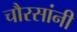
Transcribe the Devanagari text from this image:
चौरसांनी